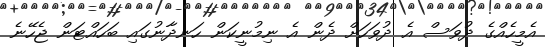
އެމީހެއްގެ ދުވަސް އެ ދުވަހަށް ދެން އެ ނިމުނީކަން ހަނދާނުގައި ބަހައްޓަން ޖެހޭނެ